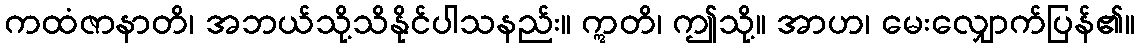
ကထံဇာနာတိ၊ အဘယ်သို့သိနိုင်ပါသနည်း။ ဣတိ၊ ဤသို့။ အာဟ၊ မေးလျှောက်ပြန်၏။